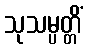
သုသမ္ပတ္တိံ